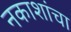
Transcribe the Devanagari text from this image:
नकाशांचा